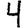
Digit: 4